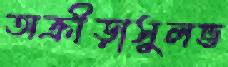
অক্রীড়াসুলভ